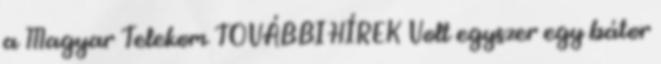
a Magyar Telekom TOVÁBBI HÍREK Volt egyszer egy bátor